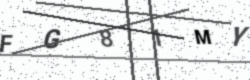
Text: FG81MY